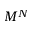
M ^ { N }